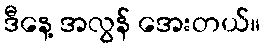
ဒီနေ့ အလွန် အေးတယ်။